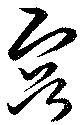
容